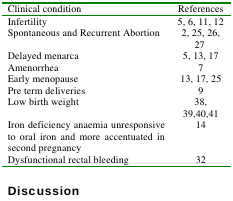
<table><thead><tr><td><b>Clinical condition </b></td><td><b>References</b></td></tr></thead><tbody><tr><td>Infertility</td><td>5, 6, 11, 12</td></tr><tr><td>Spontaneous and Recurrent Abortion </td><td>2, 25, 26, 27</td></tr><tr><td>Delayed menarca</td><td>5, 13, 17</td></tr><tr><td>Amenorrhea</td><td>7</td></tr><tr><td>Early menopause</td><td>13, 17, 25</td></tr><tr><td>Pre term deliveries</td><td>9</td></tr><tr><td>Low birth weight </td><td>38, 39,40,41</td></tr><tr><td>Iron deficiency anaemia unresponsive to oral iron and more accentuated in second pregnancy</td><td>14</td></tr><tr><td>Dysfunctional rectal bleeding </td><td>32</td></tr></tbody></table>